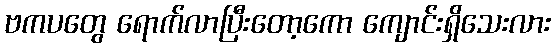
ဗကပတွေ ရောက်လာပြီးတော့ကော ကျောင်းရှိသေးလား